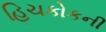
હિચકોકની